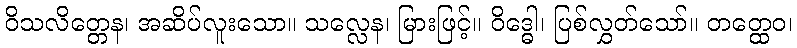
ဝိသလိတ္တေန၊ အဆိပ်လူးသော။ သလ္လေန၊ မြားဖြင့်။ ဝိဒ္ဓေါ၊ ပြစ်လွှတ်သော်။ တတ္ထေဝ၊